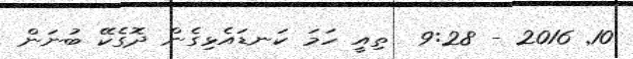
10